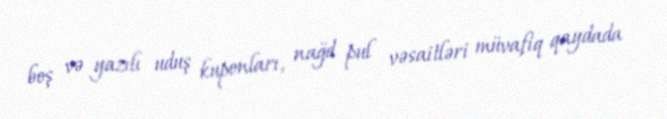
boş və yazılı uduş kuponları, nağd pul vəsaitləri müvafiq qaydada